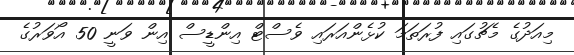
މިއަދުގެ މެޗުގައި ފުރަތަމަ ކުޅެންއަރައި ވެސްޓް އިންޑީސް އިން ވަނީ 50 އޯވަރުގެ